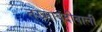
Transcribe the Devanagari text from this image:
तख्ताबंदीवाली